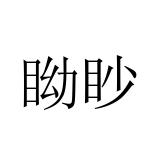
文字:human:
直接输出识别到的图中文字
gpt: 眑眇